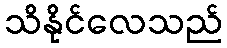
သိနိုင်လေသည်